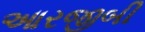
આરજીબી